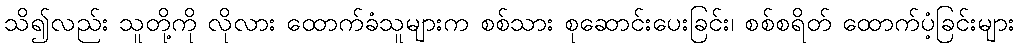
သိ၍လည်း သူတို့ကို လိုလား ထောက်ခံသူများက စစ်သား စုဆောင်းပေးခြင်း၊ စစ်စရိတ် ထောက်ပံ့ခြင်းများ